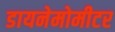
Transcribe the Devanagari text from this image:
डायनेमोमीटर